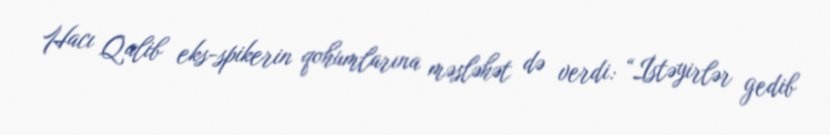
Hacı Qalib eks-spikerin qohumlarına məsləhət də verdi: “İstəyirlər gedib